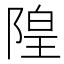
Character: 隍